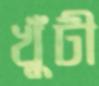
খুঁটী